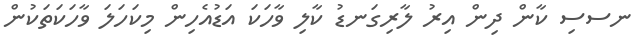
ނސސި ކާން ދިން އިރު ލާރިގަނޑު ކާލި ވާހަކަ އަޑުއެހިން މިކަހަލަ ވާހަކަތަކުން